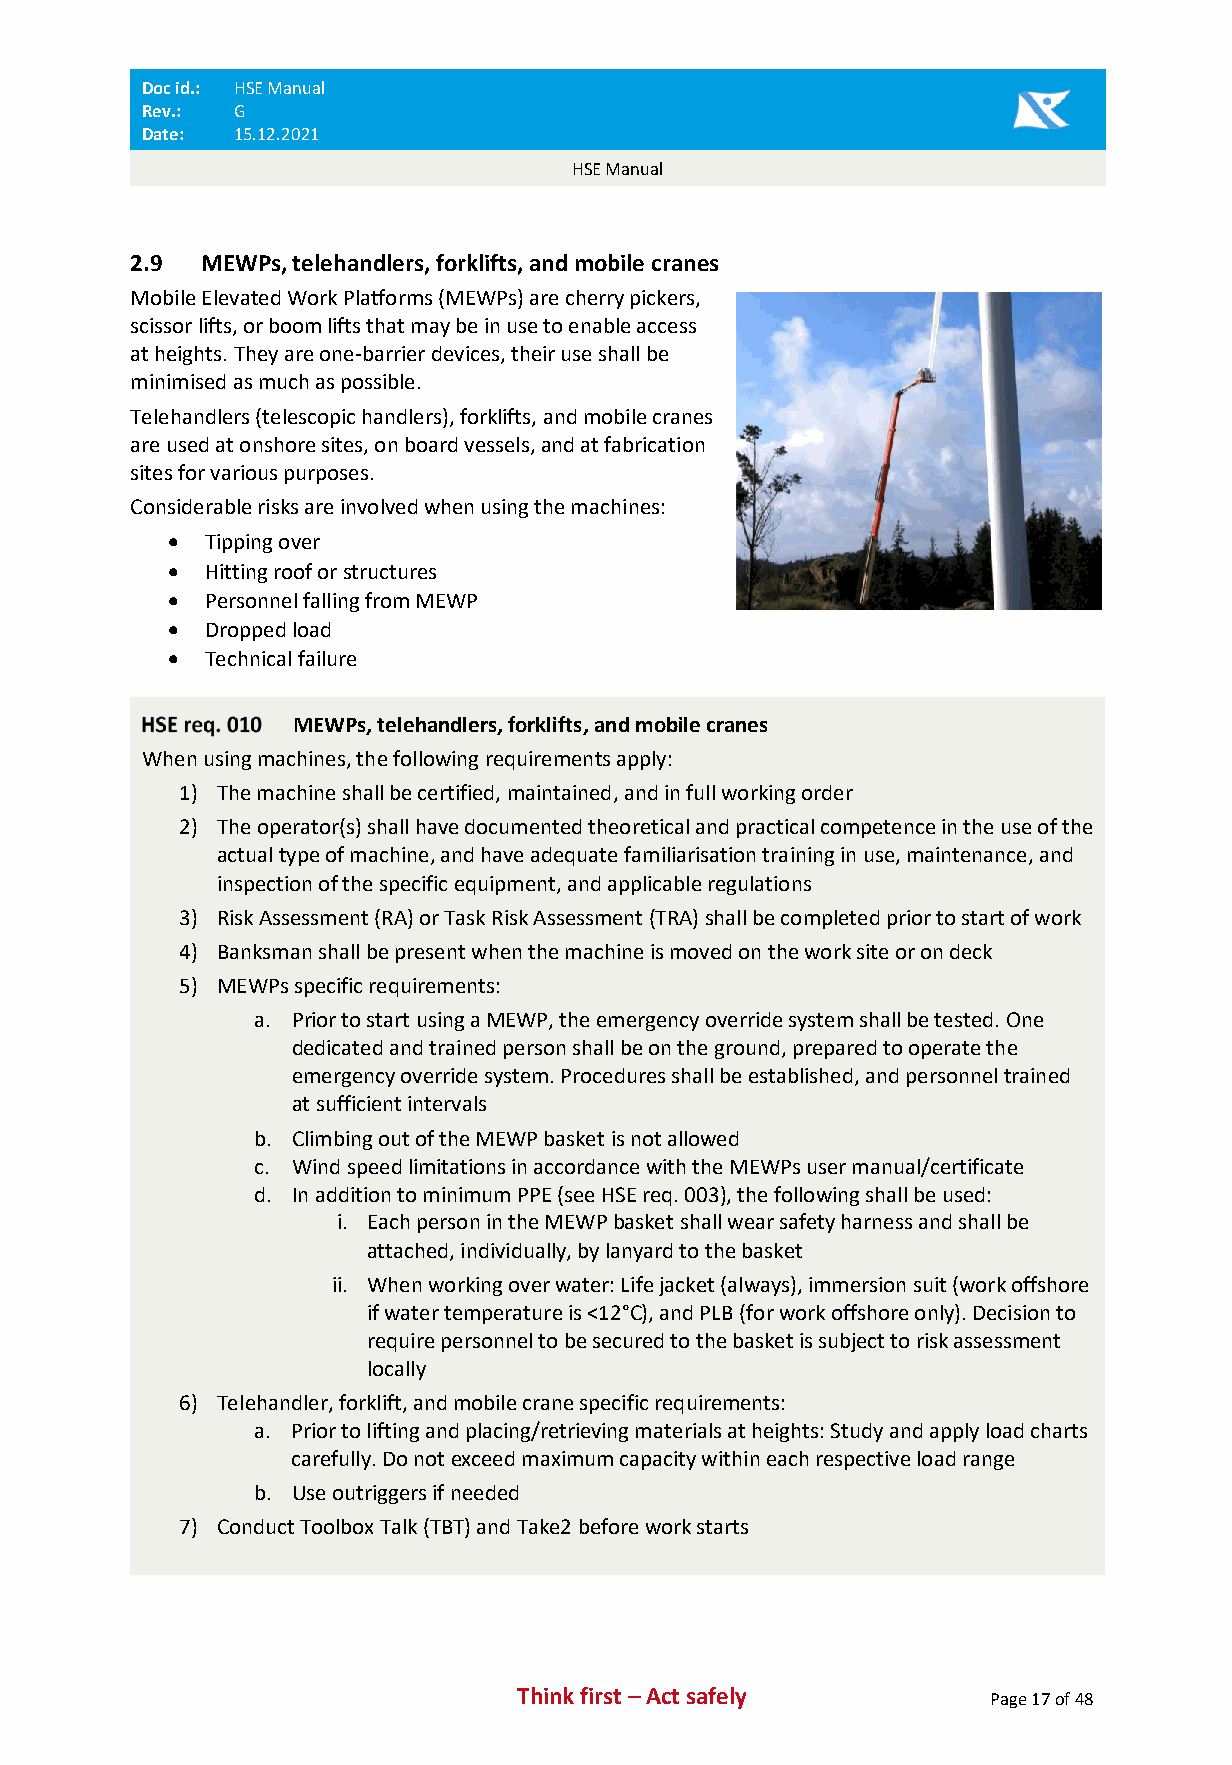
Doc id.: HSE Manual
 Rev.: G
 Date: 15.12.2021
 HSE Manual
 2.9  MEWPs, telehandlers, forklifts, and mobile cranes
 Mobile Elevated Work Platforms (MEWPs) are cherry pickers,
 scissor lifts, or boom lifts that may be in use to enable access
 at heights. They are one-barrier devices, their use shall be
 minimised as much as possible.
 Telehandlers (telescopic handlers), forklifts, and mobile cranes
 are used at onshore sites, on board vessels, and at fabrication
 sites for various purposes.
 Considerable risks are involved when using the machines:
 • Tipping over
 • Hitting roof or structures
 • Personnel falling from MEWP
 • Dropped load
 • Technical failure
 MEWPs, telehandlers, forklifts, and mobile cranes
 When using machines, the following requirements apply:
 1) The machine shall be certified, maintained, and in full working order
 2) The operator(s) shall have documented theoretical and practical competence in the use of the
 actual type of machine, and have adequate familiarisation training in use, maintenance, and
 inspection of the specific equipment, and applicable regulations
 3) Risk Assessment (RA) or Task Risk Assessment (TRA) shall be completed prior to start of work
 4) Banksman shall be present when the machine is moved on the work site or on deck
 5) MEWPs specific requirements:
 a. Prior to start using a MEWP, the emergency override system shall be tested. One
 dedicated and trained person shall be on the ground, prepared to operate the
 emergency override system. Procedures shall be established, and personnel trained
 at sufficient intervals
 b. Climbing out of the MEWP basket is not allowed
 c. Wind speed limitations in accordance with the MEWPs user manual/certificate
 d. In addition to minimum PPE (see HSE req. 003), the following shall be used:
 i. Each person in the MEWP basket shall wear safety harness and shall be
 attached, individually, by lanyard to the basket
 ii. When working over water: Life jacket (always), immersion suit (work offshore
 if water temperature is <12°C), and PLB (for work offshore only). Decision to
 require personnel to be secured to the basket is subject to risk assessment
 locally
 6) Telehandler, forklift, and mobile crane specific requirements:
 a. Prior to lifting and placing/retrieving materials at heights: Study and apply load charts
 carefully. Do not exceed maximum capacity within each respective load range
 b. Use outriggers if needed
 7) Conduct Toolbox Talk (TBT) and Take2 before work starts
 Think first – Act safely       Page 17 of 48